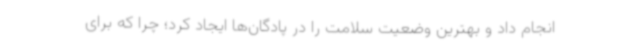
انجام داد و بهترین وضعیت سلامت را در پادگان‌ها ایجاد کرد؛ چرا که برای